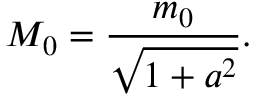
M _ { 0 } = \frac { m _ { 0 } } { \sqrt { 1 + a ^ { 2 } } } .